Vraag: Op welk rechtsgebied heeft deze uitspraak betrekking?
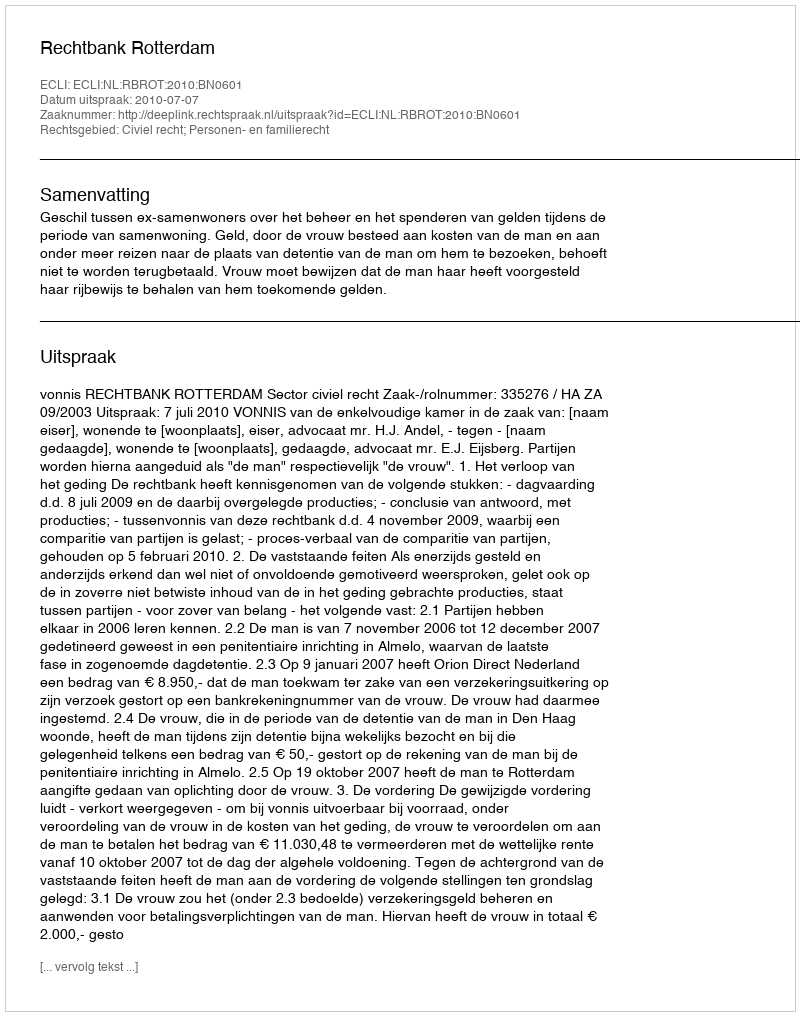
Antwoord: Civiel recht; Personen- en familierecht